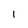
Character: 1